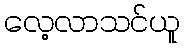
လေ့လာသင်ယူ